Report of the Municipal Commissioner on the plague in Bombay for the year ending 31st May... - Volume 1
Disease focus: Plague
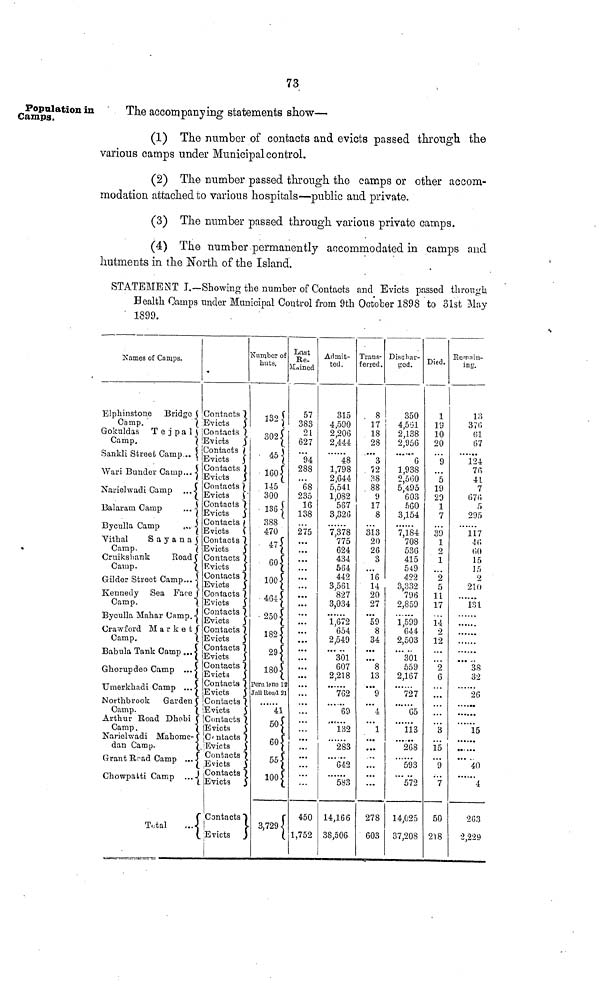
73
Population in
Gamps.
The accompanying statements show—
(1) The number of contacts and evicts passed through the
various camps under Municipal control.
(2) The number passed through the camps or other accom-
modation attached to various hospitals—public and private.
(3) The number passed through various private camps.
(4) The number permanently accommodated in camps and
hutments in the North of the Island.
STATEMENT I.—Showing the number of Contacts and Evicts passed through
Health Camps under Municipal Control from 9th October 1898 to 31st May
1899.
Elphinstone Bridge
Camp.
Contacts
Evicts
Gokuldas T e j p a l Contacts
Camp.
Evicts
Sankli Street
Camp
Contacta
Evicts
Wari Bunder
Camp
Narielwadi
Camp
Balaram
Camp
Byculla Camp
"Vithal
S a y a n a
Camp.
Cruiksliank
Road
Camp.
Cruder Street
Camp
Kennedy Sea
Face
Camp.
Byculla Mahar Camp
Crawford
Market
Camp.
Babula Tank
Camp
Ghorupdeo Camp
Umerkhiidi Camp
Northbrook
Garden
Contacts
Evicts
Contacts
Evicts
Contacts
Evicts
Contacts
Evicts
Contacts
Evicts
Contacts
Evicts
Contacts
Evicts
Contacts
Evicts
Contacts
Evicts
Contacts
Evicts
Contacts
Evicts
Contacts
Evicts
Evicts
Camp.
\ '.Evicts
Arthur Road Dhobi
Contacts
Camp,
Evicts
Narielwadi Mahome- .Contacts
dan Camp.
Evicts
j
Grant Brad Camp
Chowpatti
Camp
Total
Contacts .
Evicts
Contacts
Evicts
Contacts
Evicts
Number of
huts.
132
302
45
160
145
300
136
388
470
47 4 7
60 UU
100
464
250
182 1
29
180
Peru lane 12
Jail Road 21
41
50
55
100
3,729 1
Last
Re-Mained
57
383
21
627
94
288
68 235
16
138
275
..
..
..
••
••
...
...
...
...
...
...
.
...
...
450
1,752
Admit-
ted.
315
4,590
2,206
2,444
48
1,798
2,644
5,541
1,082
567
3,326
7,378
775
624
434
564
442
3,561
827
3,034
1,672
654
2,549
301
607
2,218
762
69
132
283
642
583
14,166
38,506
Trans-
ferred.
18
28
3
72
38
88
9
17
8
313
20
26
3
...
16
14
20
27
59
8
34
...
8
13
9
4
1
...
...
278
603
Dischar-
ged.
350
4,561
2,138
2,956
6
1,938
2,560
5,495
603
560
3,154
7,184
708
536
415
549
422
3,332
796
2,859
1,599
644
2,503
301
559
2,167
727
65
113
268
593
572
14,025
37,208
Died.
!
1
19
10
20
9
19
29
1
7
39
1
2
1
...
2
5
11
17
14
2
12
2 6
• ••
...
3
15
9
7
50
218
Remain-ing.
61
67
124
76
41
7
676
5
295
117
46
15
15
2
210
38
32
26
15
......
40
4
263
2,229